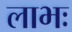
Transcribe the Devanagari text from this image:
लाभः